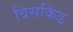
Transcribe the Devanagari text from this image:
बिसकिंड